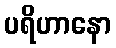
ပရိဟာနော